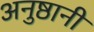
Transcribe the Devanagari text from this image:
अनुष्ठानी